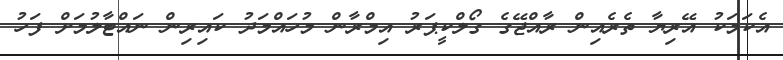
އެކަމަކު އޭރިޔާ ތެރެއިން ރާއްޖޭގެ ގޯލްކީޕަރު އިމްރާން މުހައްމަދު ކައިރިން ނައްޓާލުމަށް ފަހު